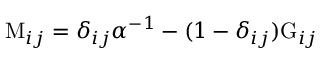
\mathrm { M } _ { i j } = \delta _ { i j } \alpha ^ { - 1 } - ( 1 - \delta _ { i j } ) \mathrm { G } _ { i j }